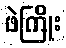
ဖဲကြိုး